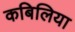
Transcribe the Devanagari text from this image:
कबिलिया